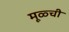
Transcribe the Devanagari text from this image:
मूळ्ची